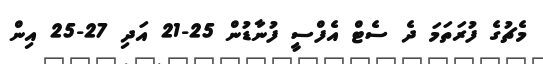
މެޗުގެ ފުރަތަމަ ދެ ސެޓް އެފްސީ ފުނާޑުން 25-21 އަދި 27-25 އިން